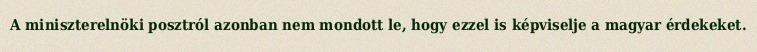
A miniszterelnöki posztról azonban nem mondott le, hogy ezzel is képviselje a magyar érdekeket.